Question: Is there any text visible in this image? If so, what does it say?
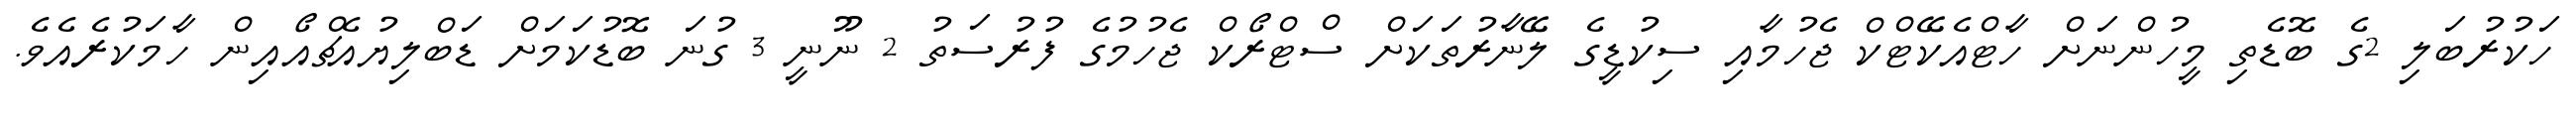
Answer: ހަކުރުބަލި 2ގެ ބޮޑެތި މީހުންނަށް ހާޓްއެކޭޓްކް ޖެހުމާއި ސިކުޑީގެ ލޭނާރުތަކަށް ސްޓްރޯކް ޖެހުމުގެ ފުރުސަތު 2 ނޫނީ 3 ގުނަ ބޮޑުކަމަށް ޑަބްލިޔުއެޗްއޯއިން ހާމަކުރެއެވެ.